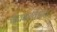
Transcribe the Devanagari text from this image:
सायबरविश्वात